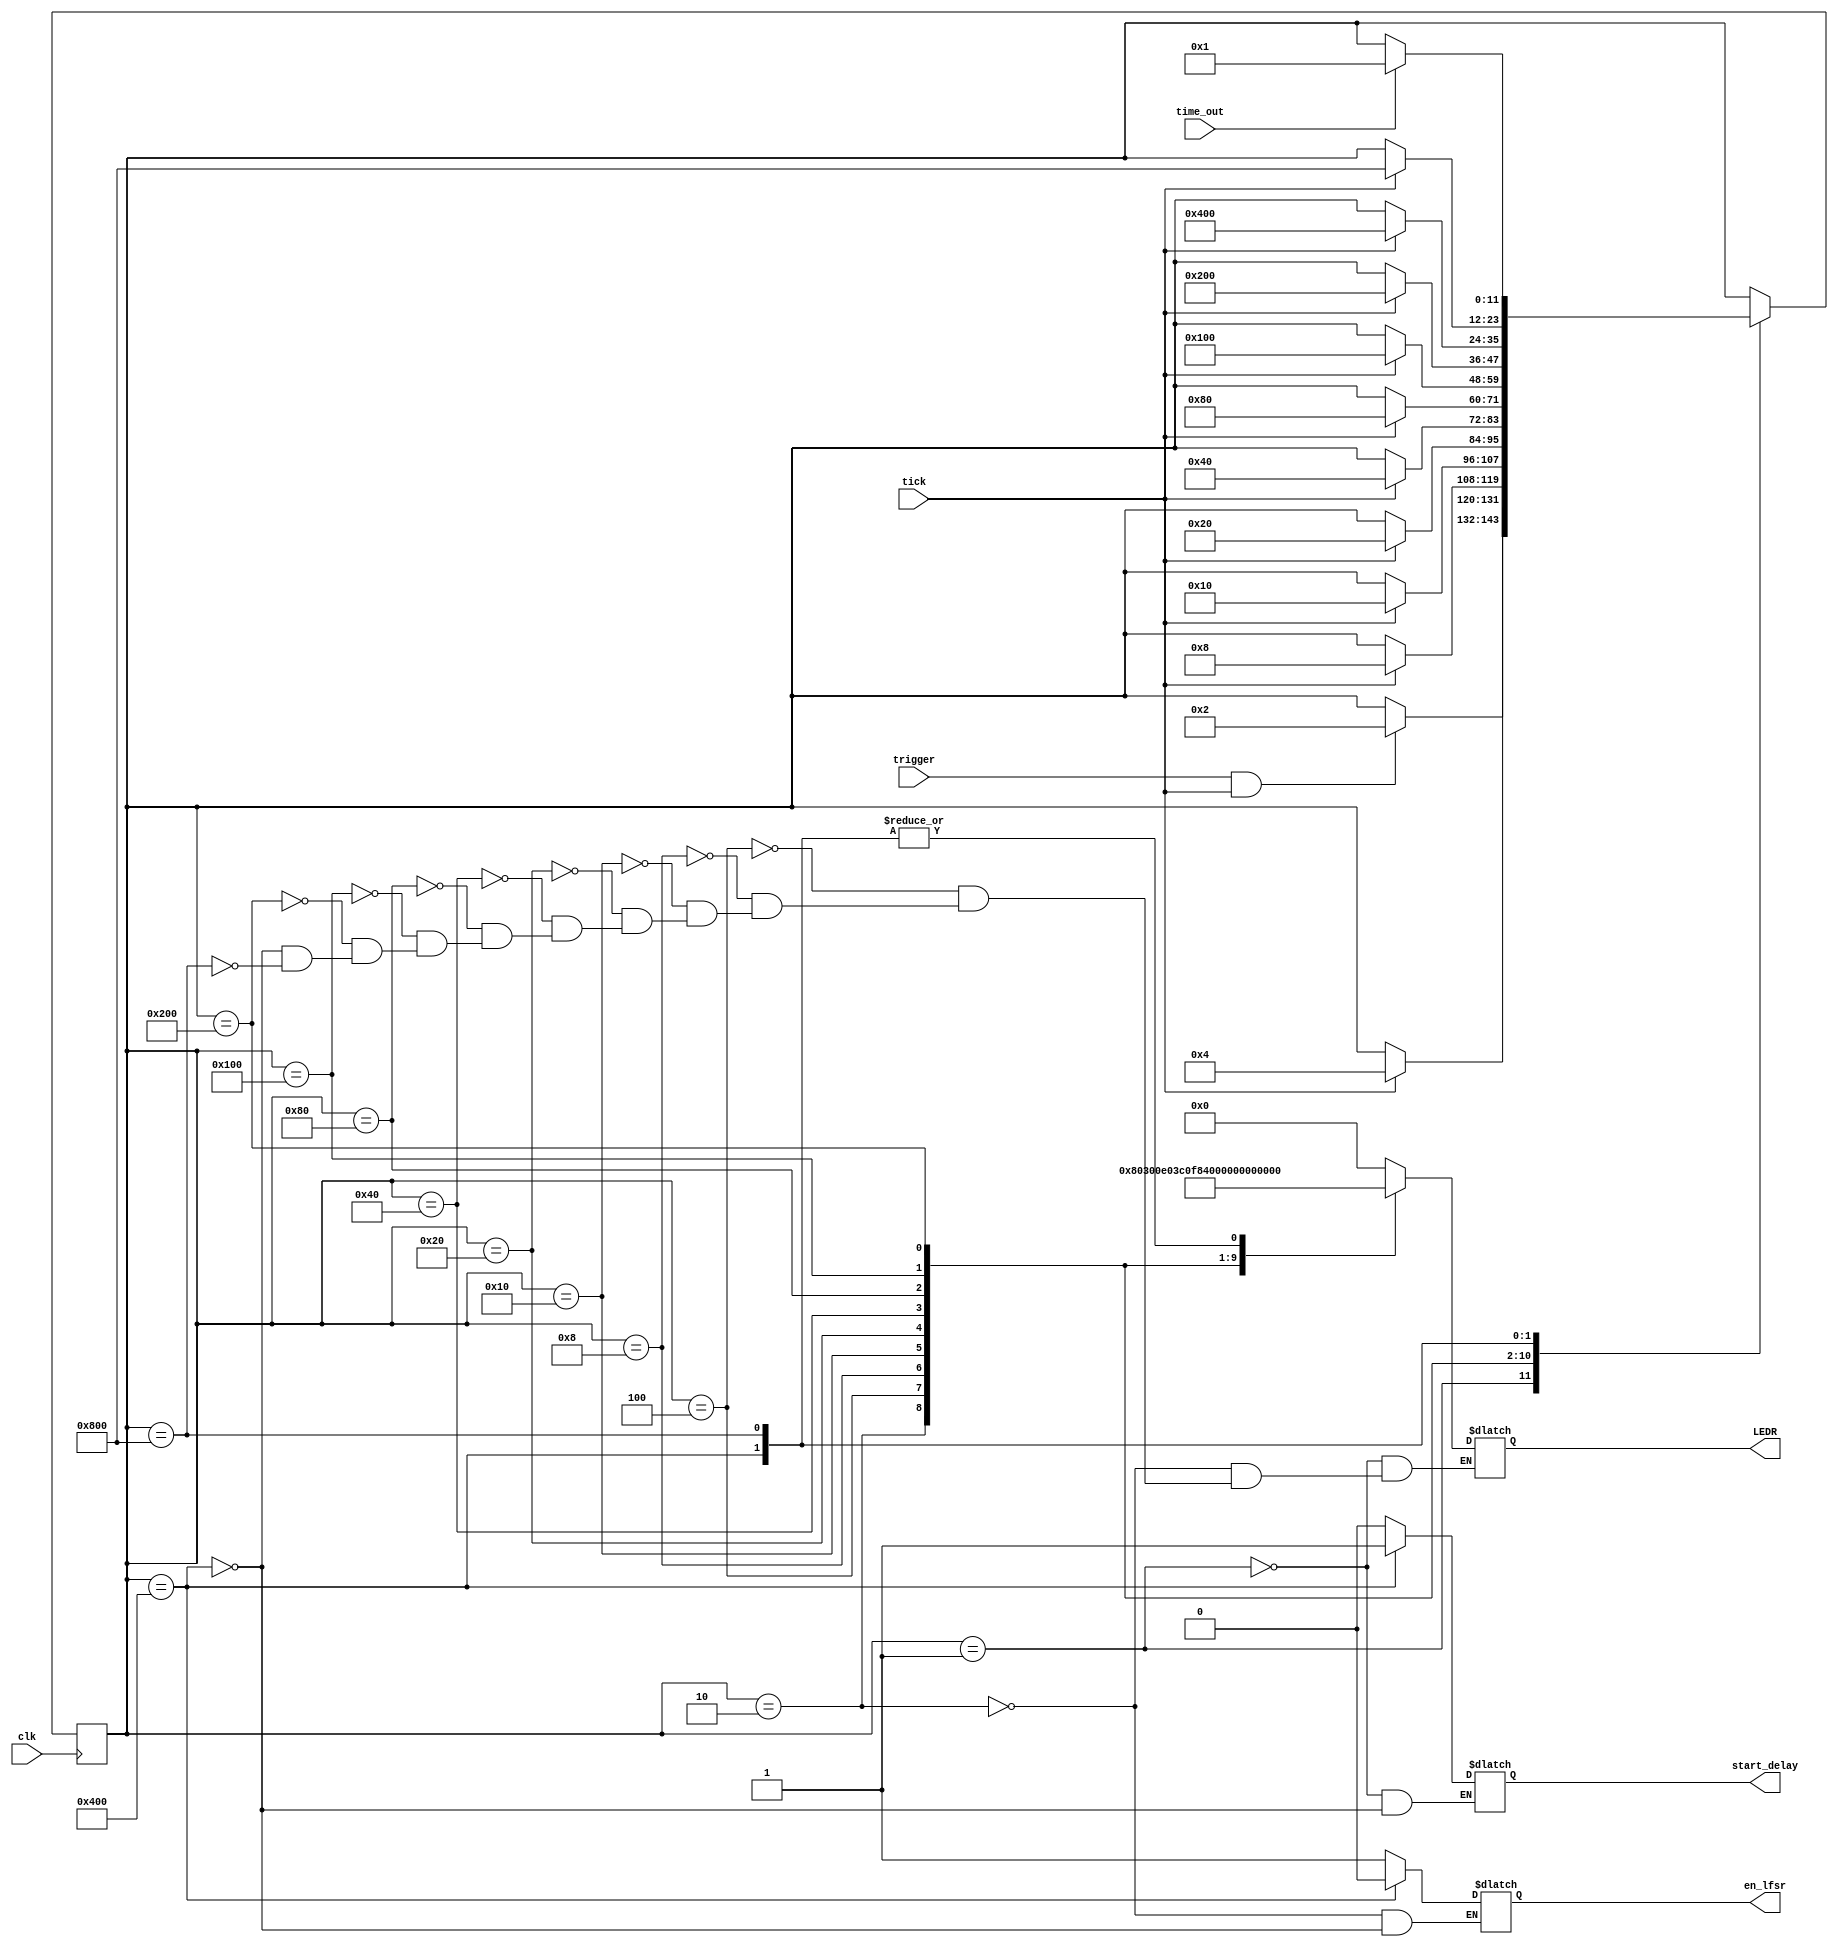
module fsm (clk,tick,trigger,time_out,en_lfsr,start_delay,LEDR);

	input clk,tick,trigger,time_out;
	
	output en_lfsr,start_delay;
	
	output [9:0] LEDR; 


	reg [11:0] state; //4 bit state
	reg [9:0] LEDR;
	reg en_lfsr,start_delay;
	parameter 
	IDLE = 12'b000000000001, 
	S_1 = 12'b000000000010,
	S_2 = 12'b000000000100,
	S_3 = 12'b000000001000,
	S_4 = 12'b000000010000,
	S_5 = 12'b000000100000,
	S_6 = 12'b000001000000,
	S_7 = 12'b000010000000,
	S_8 = 12'b000100000000,
	S_9 = 12'b001000000000,
	S_10 = 12'b010000000000,
	S_11 = 12'b100000000000;
	
	
	
	
initial begin
en_lfsr = 1'b0;
start_delay = 1'b0;

state = IDLE;
end



always @ (posedge clk)
		case(state)
		IDLE: if (trigger == 1 && tick == 1'b1)
		         state <= S_1;
		S_1: if(tick == 1)
		         state <= S_2;
		S_2: if(tick == 1)
		         state <= S_3;
		S_3: if(tick == 1)
		         state <= S_4;
		S_4: if(tick == 1)
		         state <= S_5;
		S_5: if(tick == 1)
		         state <= S_6;
		S_6: if(tick == 1)
		         state <= S_7;
		S_7: if(tick == 1)
		         state <= S_8;
		S_8: if(tick == 1)
		         state <= S_9;
		S_9: if(tick == 1)
		         state <= S_10;
		S_10: if(tick == 1)
		         state <= S_11;
		S_11: if(time_out == 1)
		         state <= IDLE;
	
		default:  ;	
		endcase


	always @ (*)
		case(state)
			IDLE: begin
			      LEDR [9:0] <= 10'b0000000000;	
					start_delay <= 1'b0;
				
				   end	
			S_1 : begin
			      LEDR [9:0] <= 10'b1000000000; 
					en_lfsr <= 1'b1;
					end	
			S_2 : LEDR [9:0] <= 10'b1100000000; 
			S_3 : LEDR [9:0] <= 10'b1110000000;
			S_4 : LEDR [9:0] <= 10'b1111000000; 
			S_5 : LEDR [9:0] <= 10'b1111100000; 
			S_6 : LEDR [9:0] <= 10'b1111110000; 
			S_7 : LEDR [9:0] <= 10'b1111111000; 
			S_8 : LEDR [9:0] <= 10'b1111111100; 
			S_9 : LEDR [9:0] <= 10'b1111111110; 
			S_10 : begin
			       LEDR [9:0] <= 10'b1111111111; 	
					 en_lfsr <= 1'b0;
					 start_delay <= 1'b1;
					 	
					 end
			S_11 :  LEDR [9:0] <= 10'b1111111111;
				
			endcase
			
endmodule